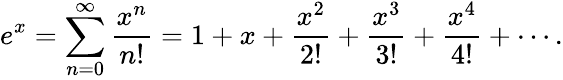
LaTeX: e^{x}=\sum_{n=0}^{\infty}{\frac{x^{n}}{n!}}=1+x+{\frac{x^{2}}{2!}}+{\frac{x^{3}}{3!}}+{\frac{x^{4}}{4!}}+\cdots.